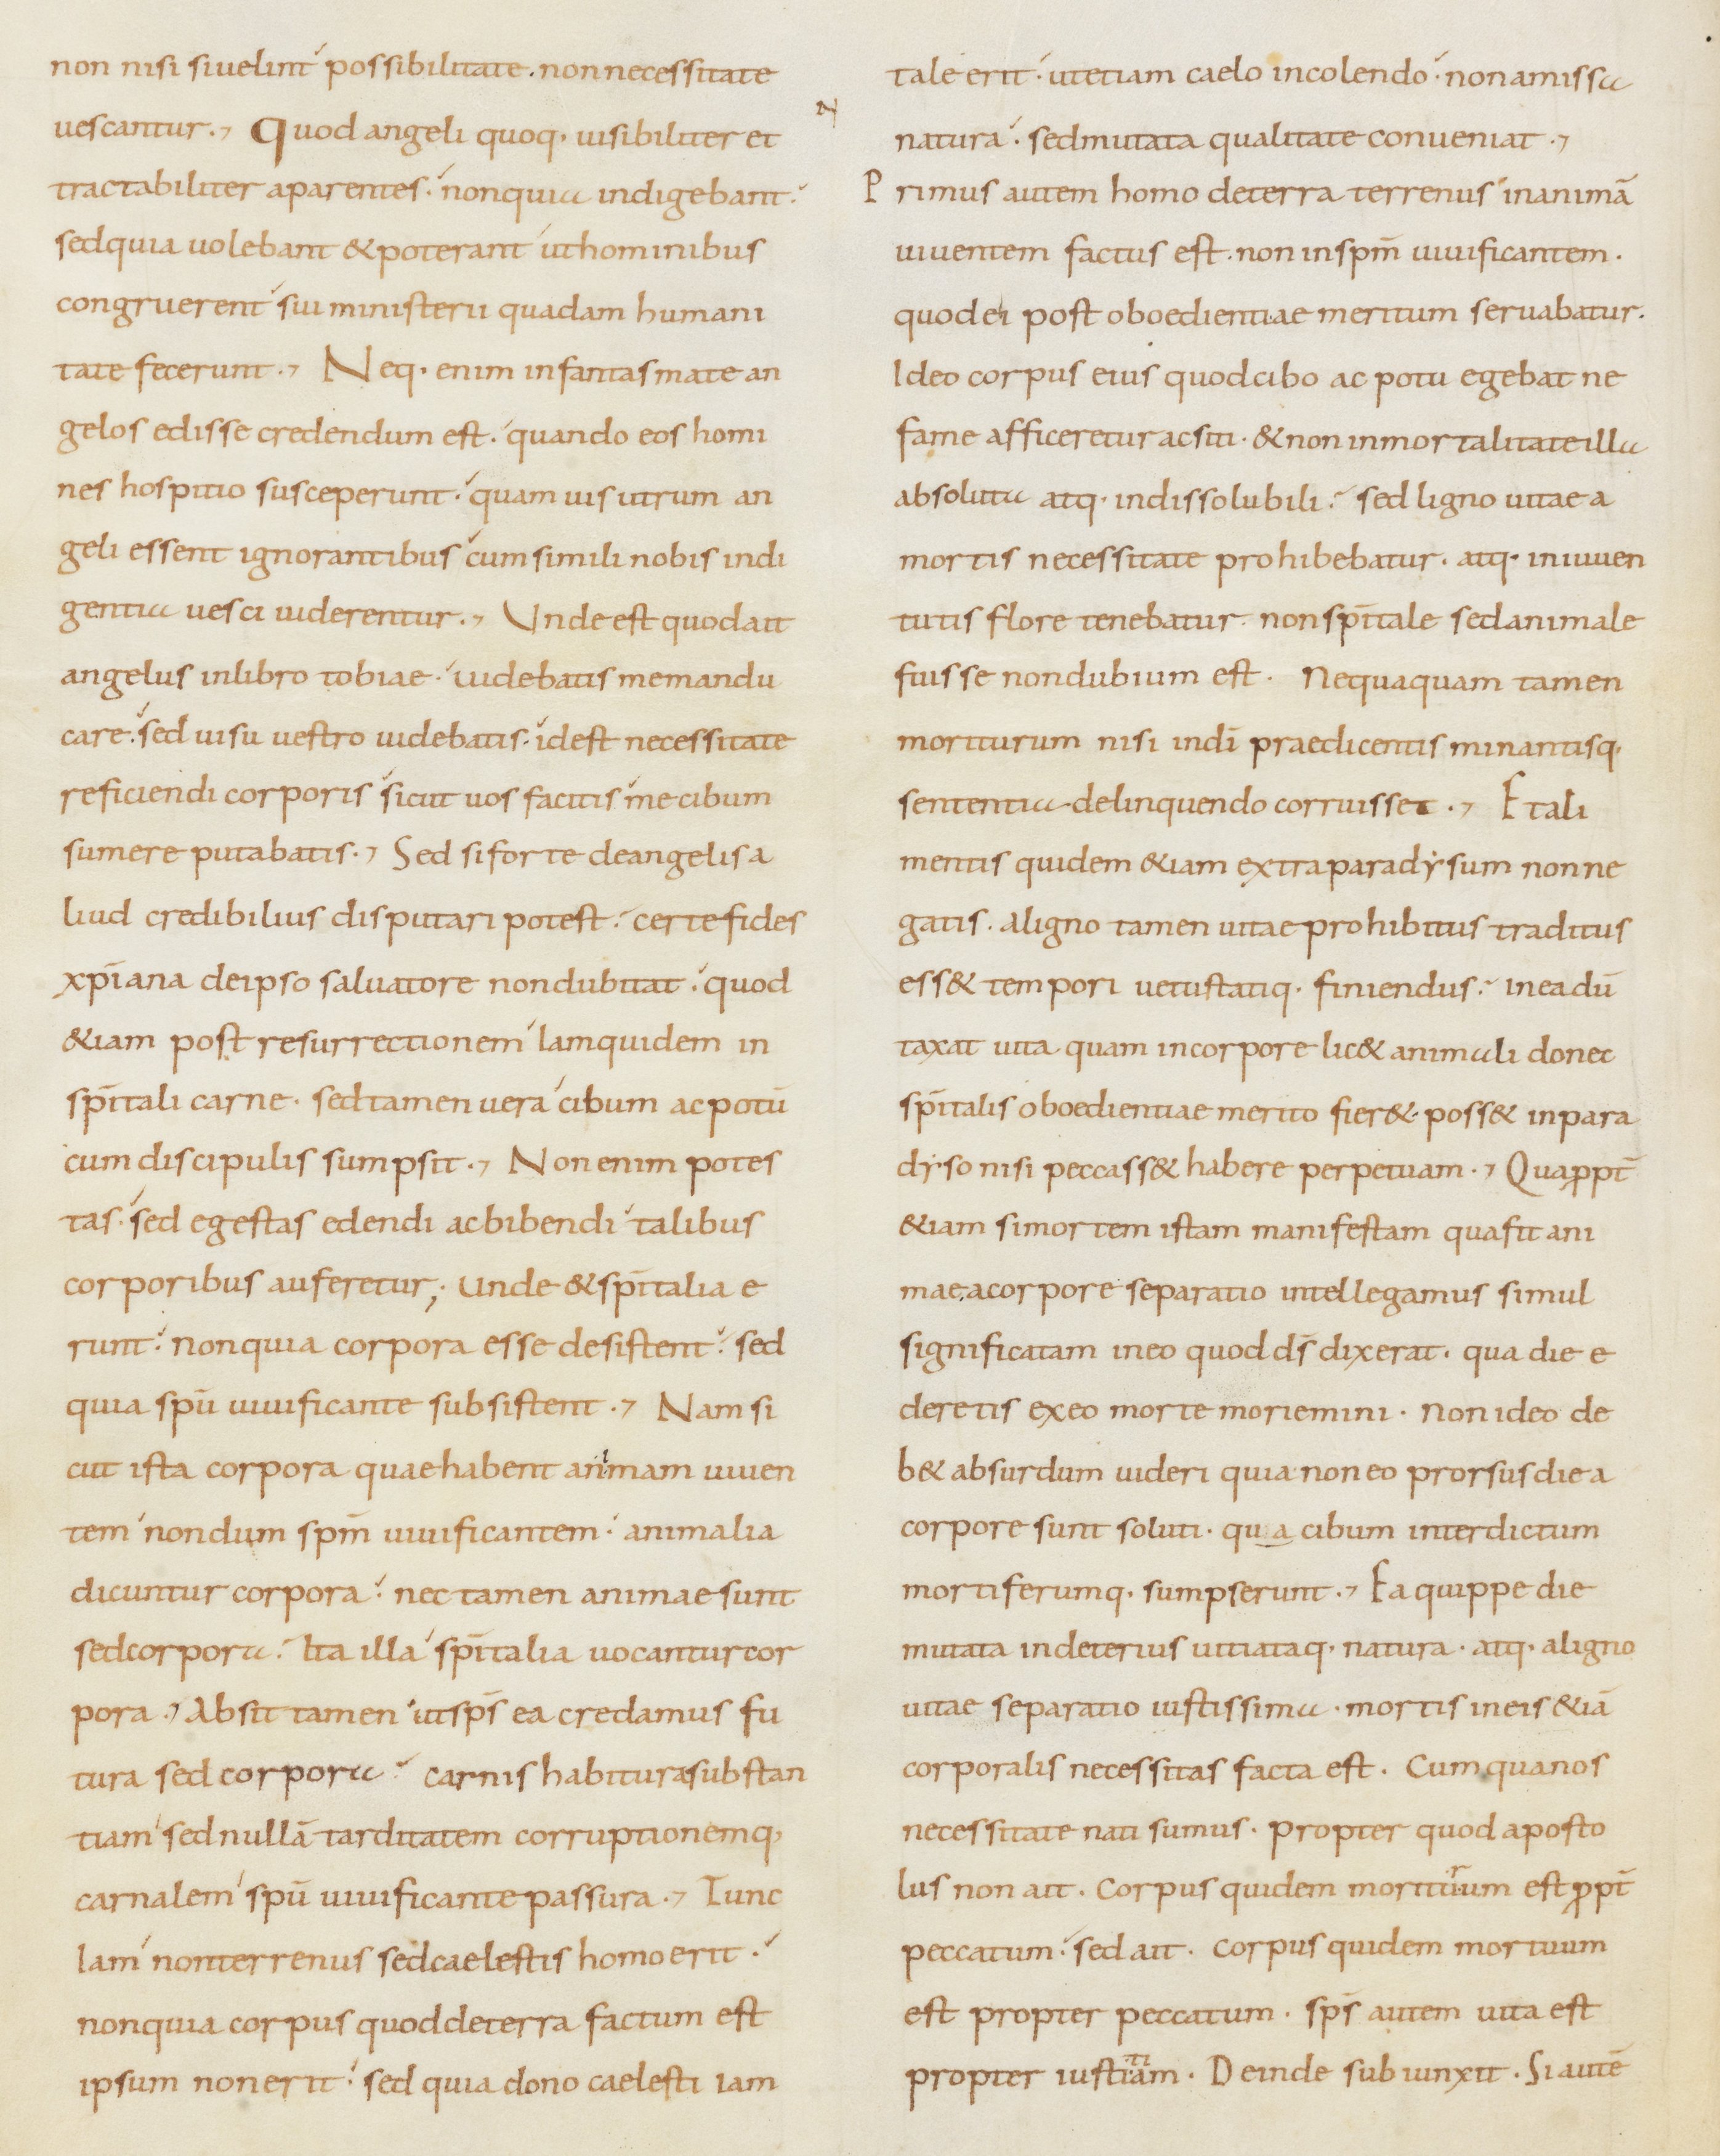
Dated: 800–899